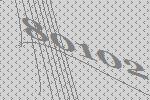
80102